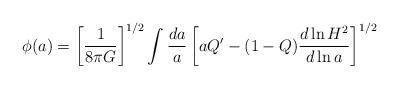
LaTeX: \begin{align*}\phi (a) = \left[ \frac{1}{8\pi G}\right]^{1/2} \int \frac{da}{a} \left[ aQ' - (1-Q)\frac{d \ln H^2}{d\ln a}\right]^{1/2} \end{align*}